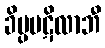
ခိပ္ပပဋိလာဘီ